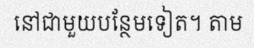
នៅជាមួយបន្ថែមទៀត។ តាម